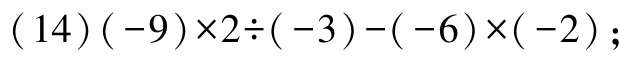
$(14)(-9)\times2\div(-3)-(-6)\times(-2)$